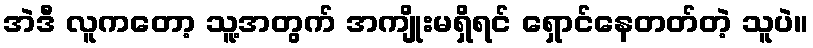
အဲဒီ လူကတော့ သူ့အတွက် အကျိုးမရှိရင် ရှောင်နေတတ်တဲ့ သူပဲ။